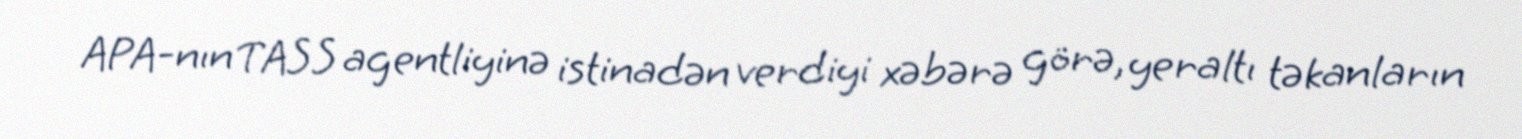
APA-nın TASS agentliyinə istinadən verdiyi xəbərə görə, yeraltı təkanların